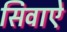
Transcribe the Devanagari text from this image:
सिवाऐ